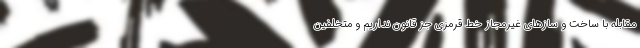
مقابله با ساخت و سازهای غیرمجاز خط قرمزی جز قانون نداریم و متخلفین